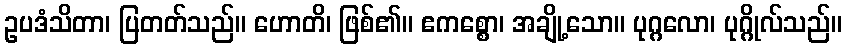
ဥပဒံသိတာ၊ ပြတတ်သည်။ ဟောတိ၊ ဖြစ်၏။ ဧကစ္စော၊ အချို့သော။ ပုဂ္ဂလော၊ ပုဂ္ဂိုလ်သည်။